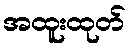
အထူးထုတ်